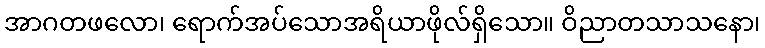
အာဂတဖလော၊ ရောက်အပ်သောအရိယာဖိုလ်ရှိသော။ ဝိညာတသာသနော၊